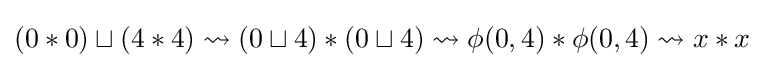
(0*0)\sqcup (4*4)\rightsquigarrow (0\sqcup 4)*(0\sqcup 4)\rightsquigarrow \phi (0,4)*\phi (0,4)\rightsquigarrow x*x